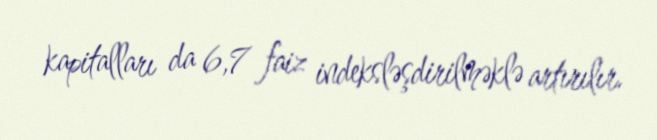
kapitalları da 6,7 faiz indeksləşdirilməklə artırılır.